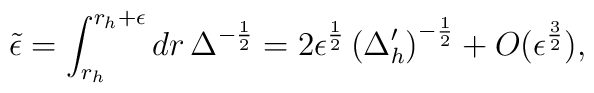
{\tilde {\epsilon }}=\int _{r_{h}}^{r_{h}+\epsilon } dr \, \Delta ^{-\frac {1}{2}}=2\epsilon ^{\frac {1}{2}} \left( \Delta _{h}' \right) ^{-\frac  {1}{2}}+O(\epsilon ^{\frac {3}{2}} ),